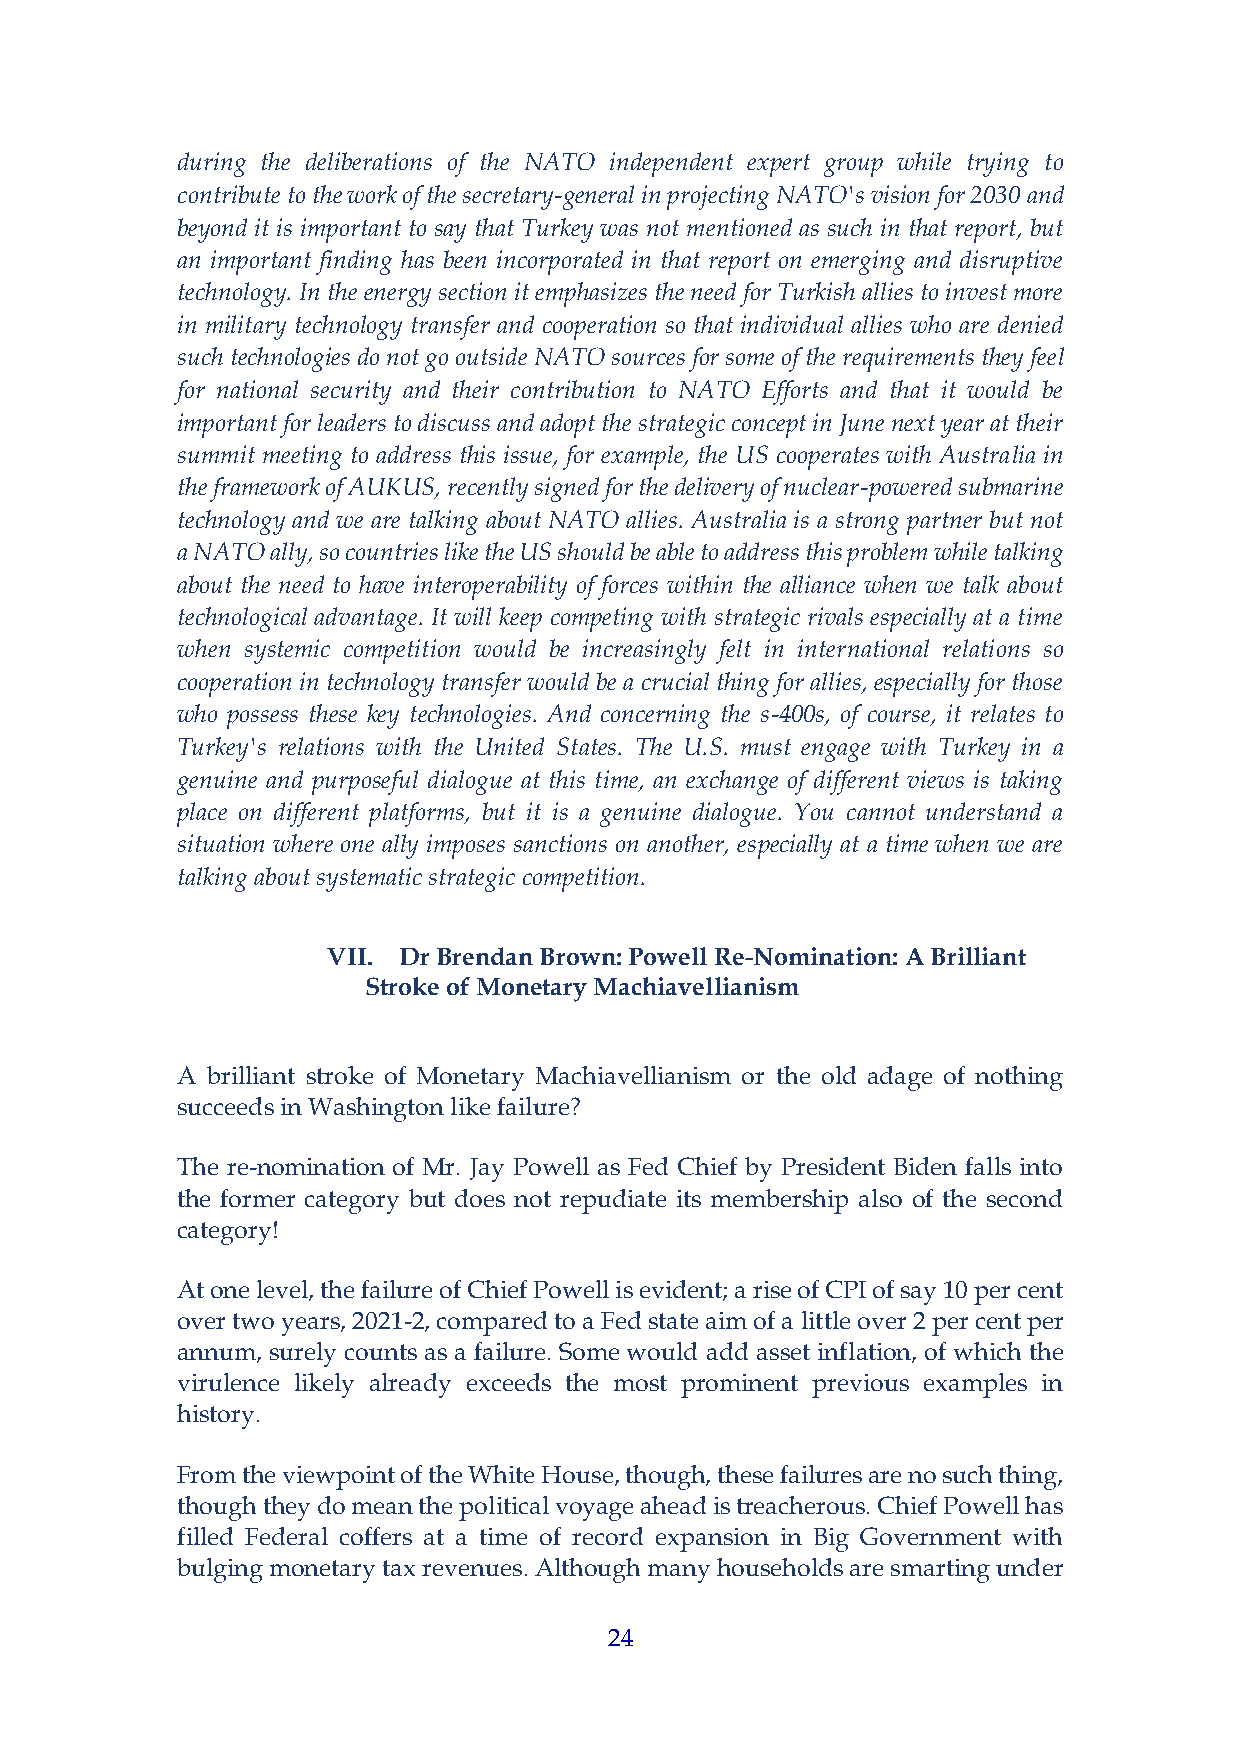
during the deliberations of the NATO independent expert group while trying to
 contribute to the work of the secretary-general in projecting NATO's vision for 2030 and
 beyond it is important to say that Turkey was not mentioned as such in that report, but
 an important finding has been incorporated in that report on emerging and disruptive
 technology. In the energy section it emphasizes the need for Turkish allies to invest more
 in military technology transfer and cooperation so that individual allies who are denied
 such technologies do not go outside NATO sources for some of the requirements they feel
 for national security and their contribution to NATO Efforts and that it would be
 important for leaders to discuss and adopt the strategic concept in June next year at their
 summit meeting to address this issue, for example, the US cooperates with Australia in
 the framework of AUKUS, recently signed for the delivery of nuclear-powered submarine
 technology and we are talking about NATO allies. Australia is a strong partner but not
 a NATO ally, so countries like the US should be able to address this problem while talking
 about the need to have interoperability of forces within the alliance when we talk about
 technological advantage. It will keep competing with strategic rivals especially at a time
 when systemic competition would be increasingly felt in international relations so
 cooperation in technology transfer would be a crucial thing for allies, especially for those
 who possess these key technologies. And concerning the s-400s, of course, it relates to
 Turkey's relations with the United States. The U.S. must engage with Turkey in a
 genuine and purposeful dialogue at this time, an exchange of different views is taking
 place on different platforms, but it is a genuine dialogue. You cannot understand a
 situation where one ally imposes sanctions on another, especially at a time when we are
 talking about systematic strategic competition.
 VII. Dr Brendan Brown: Powell Re-Nomination: A Brilliant
 Stroke of Monetary Machiavellianism
 A brilliant stroke of Monetary Machiavellianism or the old adage of nothing
 succeeds in Washington like failure?
 The re-nomination of Mr. Jay Powell as Fed Chief by President Biden falls into
 the former category but does not repudiate its membership also of the second
 category!
 At one level, the failure of Chief Powell is evident; a rise of CPI of say 10 per cent
 over two years, 2021-2, compared to a Fed state aim of a little over 2 per cent per
 annum, surely counts as a failure. Some would add asset inflation, of which the
 virulence likely already exceeds the most prominent previous examples in
 history.
 From the viewpoint of the White House, though, these failures are no such thing,
 though they do mean the political voyage ahead is treacherous. Chief Powell has
 filled Federal coffers at a time of record expansion in Big Government with
 bulging monetary tax revenues. Although many households are smarting under
 24